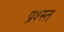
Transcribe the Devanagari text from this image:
प्रश्स्त